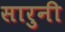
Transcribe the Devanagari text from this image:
सारुनी